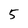
Character: 5